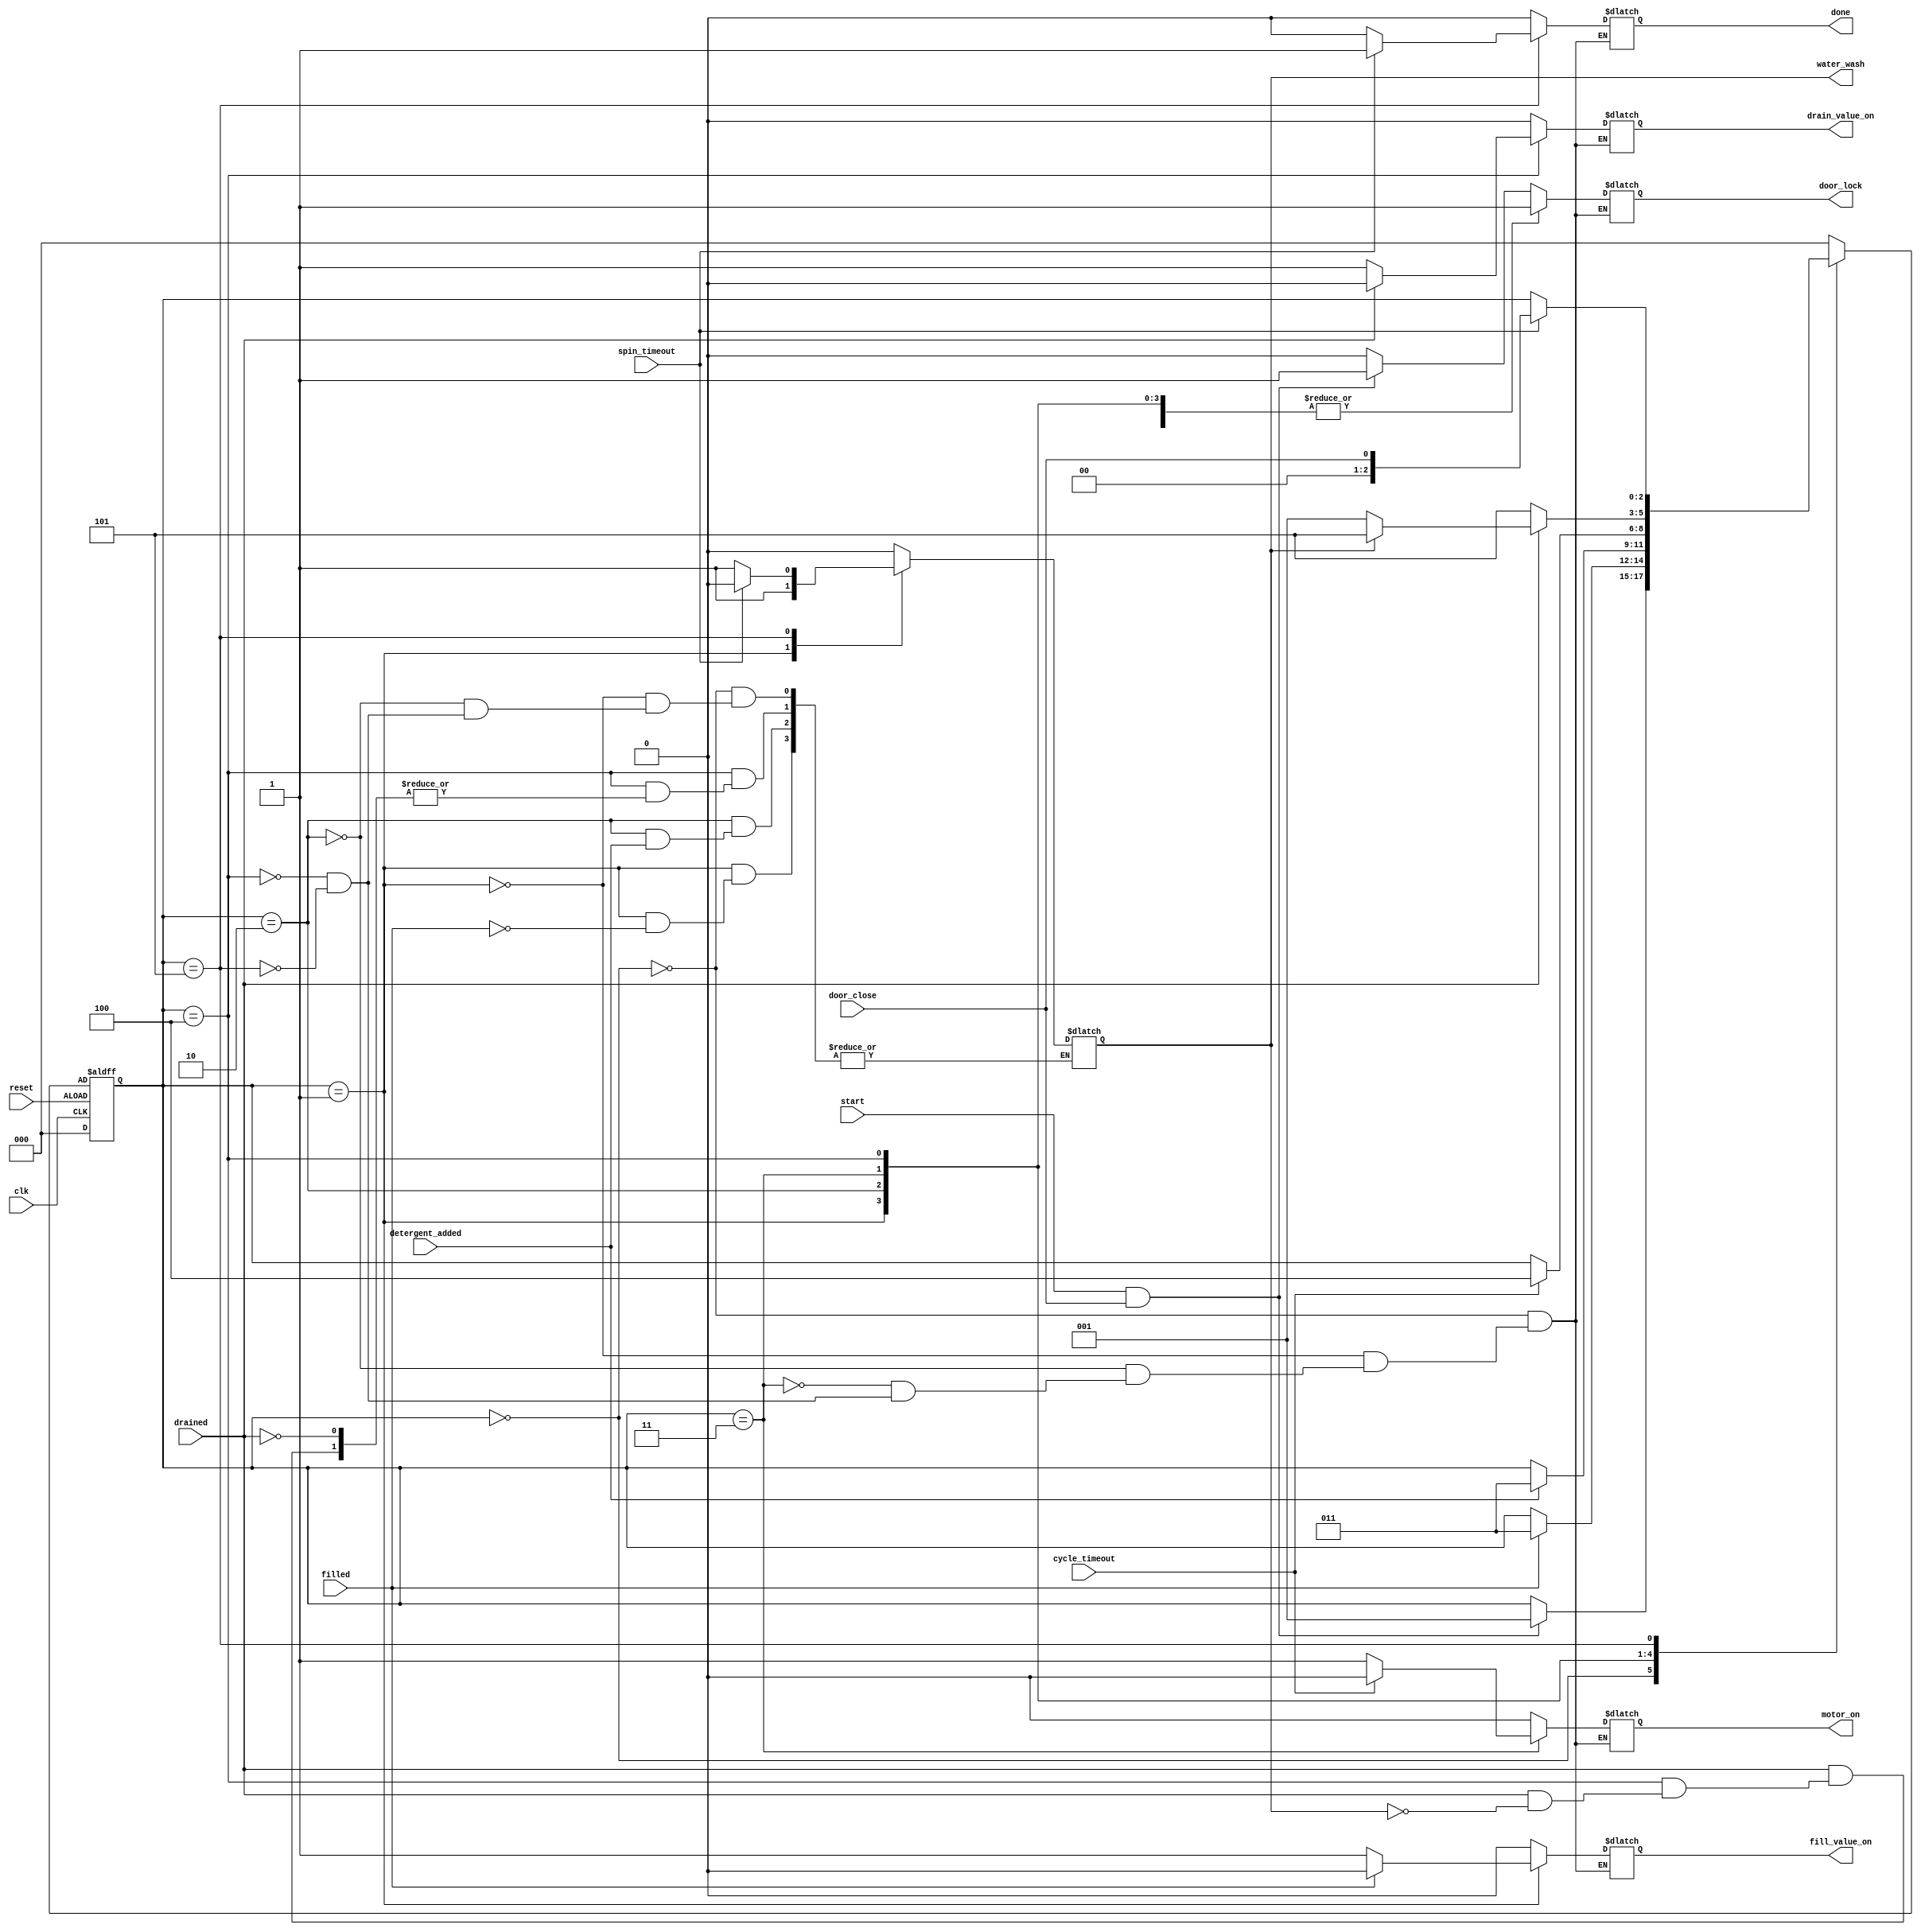
module automatic_washing_machine(clk, reset, door_close, start, filled, detergent_added, cycle_timeout, drained, spin_timeout, door_lock, motor_on, fill_value_on, drain_value_on, done, water_wash);

	input clk, reset, door_close, start, filled, detergent_added, cycle_timeout, drained, spin_timeout;
	output reg door_lock, motor_on, fill_value_on, drain_value_on, done, water_wash; 
	
	//defining the states
	parameter check_door = 3'b000;
	parameter fill_water = 3'b001;
	parameter add_detergent = 3'b010;
	parameter cycle = 3'b011;
	parameter drain_water = 3'b100;
	parameter spin = 3'b101;
	
	reg[2:0] current_state, next_state;
	
	always@(current_state or start or door_close or filled or detergent_added or drained or cycle_timeout or spin_timeout)
	begin
	case(current_state)
		check_door:
			if(start==1 && door_close==1)
			begin
				next_state = fill_water;
				motor_on = 0;
				fill_value_on = 0;
				drain_value_on = 0;
				door_lock = 1;
				//soap_wash = 0;
				water_wash = 0;
				done = 0;
			end
			else
			begin
				next_state = current_state;
				motor_on = 0;
				fill_value_on = 0;
				drain_value_on = 0;
				door_lock = 0;
				//soap_wash = 0;
				water_wash = 0;
				done = 0;
			end
			
			fill_water:
			if (filled==1)
			begin
				
					next_state = cycle;
					motor_on = 0;
					fill_value_on = 0;
					drain_value_on = 0;
					door_lock = 1;
					//soap_wash = 1;
					water_wash = 1;
					done = 0;
				
			end
			else
			begin
				next_state = current_state;
				motor_on = 0;
				fill_value_on = 1;
				drain_value_on = 0;
				door_lock = 1;
				done = 0;
			end
			add_detergent:
			if(detergent_added==1)
			begin
				next_state = cycle;
				motor_on = 0;
				fill_value_on = 0;
				drain_value_on = 0;
				door_lock = 1;
				//soap_wash = 1;
				done = 0;
			end
			else
			begin
				next_state = current_state;
				motor_on = 0;
				fill_value_on = 0;
				drain_value_on = 0;
				door_lock = 1;
				//soap_wash = 1;
				water_wash = 0;
				done = 0;
			end
			cycle:
			if(cycle_timeout == 1)
			begin
				next_state = drain_water;
				motor_on = 0;
				fill_value_on = 0;
				drain_value_on = 0;
				door_lock = 1;
				//soap_wash = 1;
				done = 0;
			end
			else
			begin
				next_state = current_state;
				motor_on = 1;
				fill_value_on = 0;
				drain_value_on = 0;
				door_lock = 1;
				//soap_wash = 1;
				done = 0;
			end
			drain_water:
			 if(drained==1)
			 begin
				if(water_wash==0)
				begin
					next_state = fill_water;
					motor_on = 0;
					fill_value_on = 0;
					drain_value_on = 0;
					door_lock = 1;
					//soap_wash = 1;
					//water_wash = 1;
					done = 0;
				end
				else
				begin
				next_state = spin;
					motor_on = 0;
					fill_value_on = 0;
					drain_value_on = 0;
					door_lock = 1;
					//soap_wash = 0;
					water_wash = 0;
					done = 0;
				end
			end
			else
			begin
				next_state = spin;
				motor_on = 0;
				fill_value_on = 0;
				drain_value_on = 1;
				door_lock = 1;
				//soap_wash = 1;
				//water_wash = 1;
				done = 0;
			end
			spin:
			if(spin_timeout==1)
			begin
				next_state = door_close;
				motor_on = 0;
				fill_value_on = 0;
				drain_value_on = 0;
				door_lock = 1;
				//soap_wash = 1;
				water_wash = 0;
				done = 1;
			end
			else
			begin
				next_state = current_state;
				motor_on = 0;
				fill_value_on = 0;
				drain_value_on = 0;
				door_lock = 1;
				//soap_wash = 1;
				water_wash = 1;
				done = 0;
			end
			default:
				next_state = check_door;
				
			endcase
	end
	
	always@(posedge clk or negedge reset)
	begin
		if(reset)
		begin
			current_state<=3'b000;
		end
		else
		begin
			current_state<=next_state;
		end
	end
	
endmodule